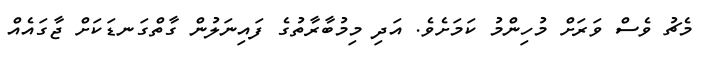
މެޗު ވެސް ވަރަށް މުހިންމު ކަމަށެވެ. އަދި މިމުބާރާތުގެ ފައިނަލުން ގާތްގަނޑަކަށް ޖާގައެއް